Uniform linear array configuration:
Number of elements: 12
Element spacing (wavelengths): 0.25
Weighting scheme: kaiser
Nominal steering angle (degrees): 45
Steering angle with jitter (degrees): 44.12
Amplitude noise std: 0.05
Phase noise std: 0.05

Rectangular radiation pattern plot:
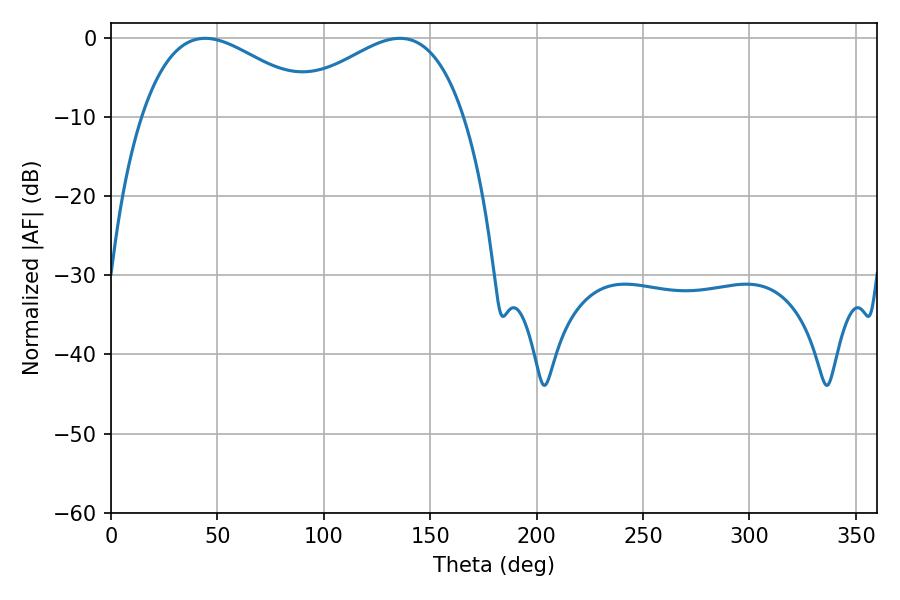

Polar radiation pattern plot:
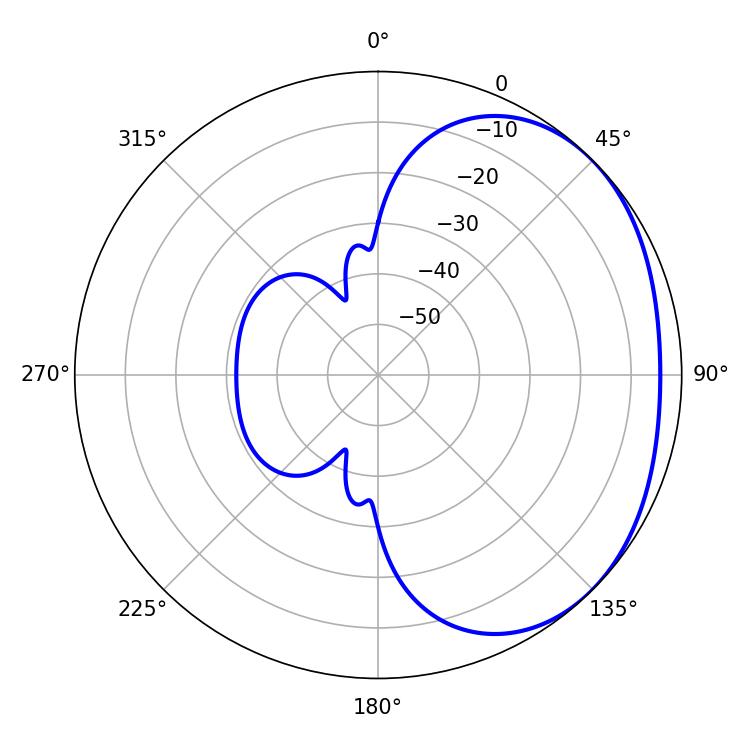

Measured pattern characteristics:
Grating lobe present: FALSE
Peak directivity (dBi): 2.112
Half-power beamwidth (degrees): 46.08
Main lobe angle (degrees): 44.28